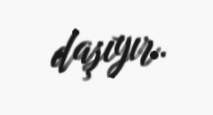
daşıyır.